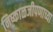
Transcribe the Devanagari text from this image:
निष्काळजीपणाच्या